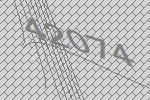
42074